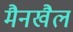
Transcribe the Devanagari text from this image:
मैनखैल